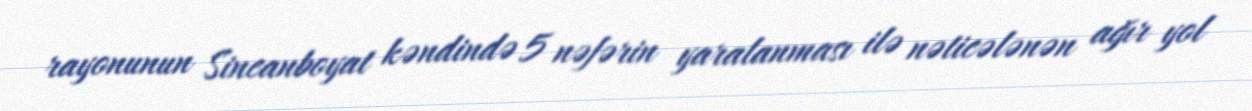
rayonunun Sincanboyat kəndində 5 nəfərin yaralanması ilə nəticələnən ağır yol